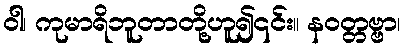
ဝါ၊ ကုမာရိဘူတာတို့ဟူ၍၎င်း။ နဝတ္တဗ္ဗာ၊